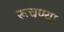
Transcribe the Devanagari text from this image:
रूचण्या